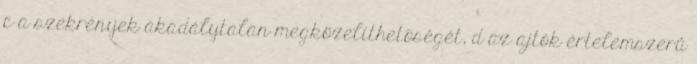
c a szekrények akadálytalan megközelíthetõségét, d az ajtók értelemszerû